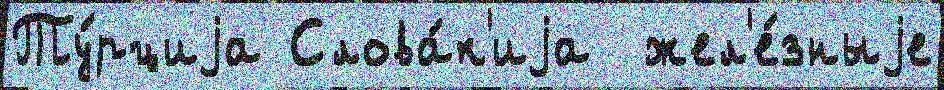
Ту́рциjа Слова́к'иjа  жел'е́зныjе